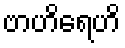
ဗာဟိရေဟိ